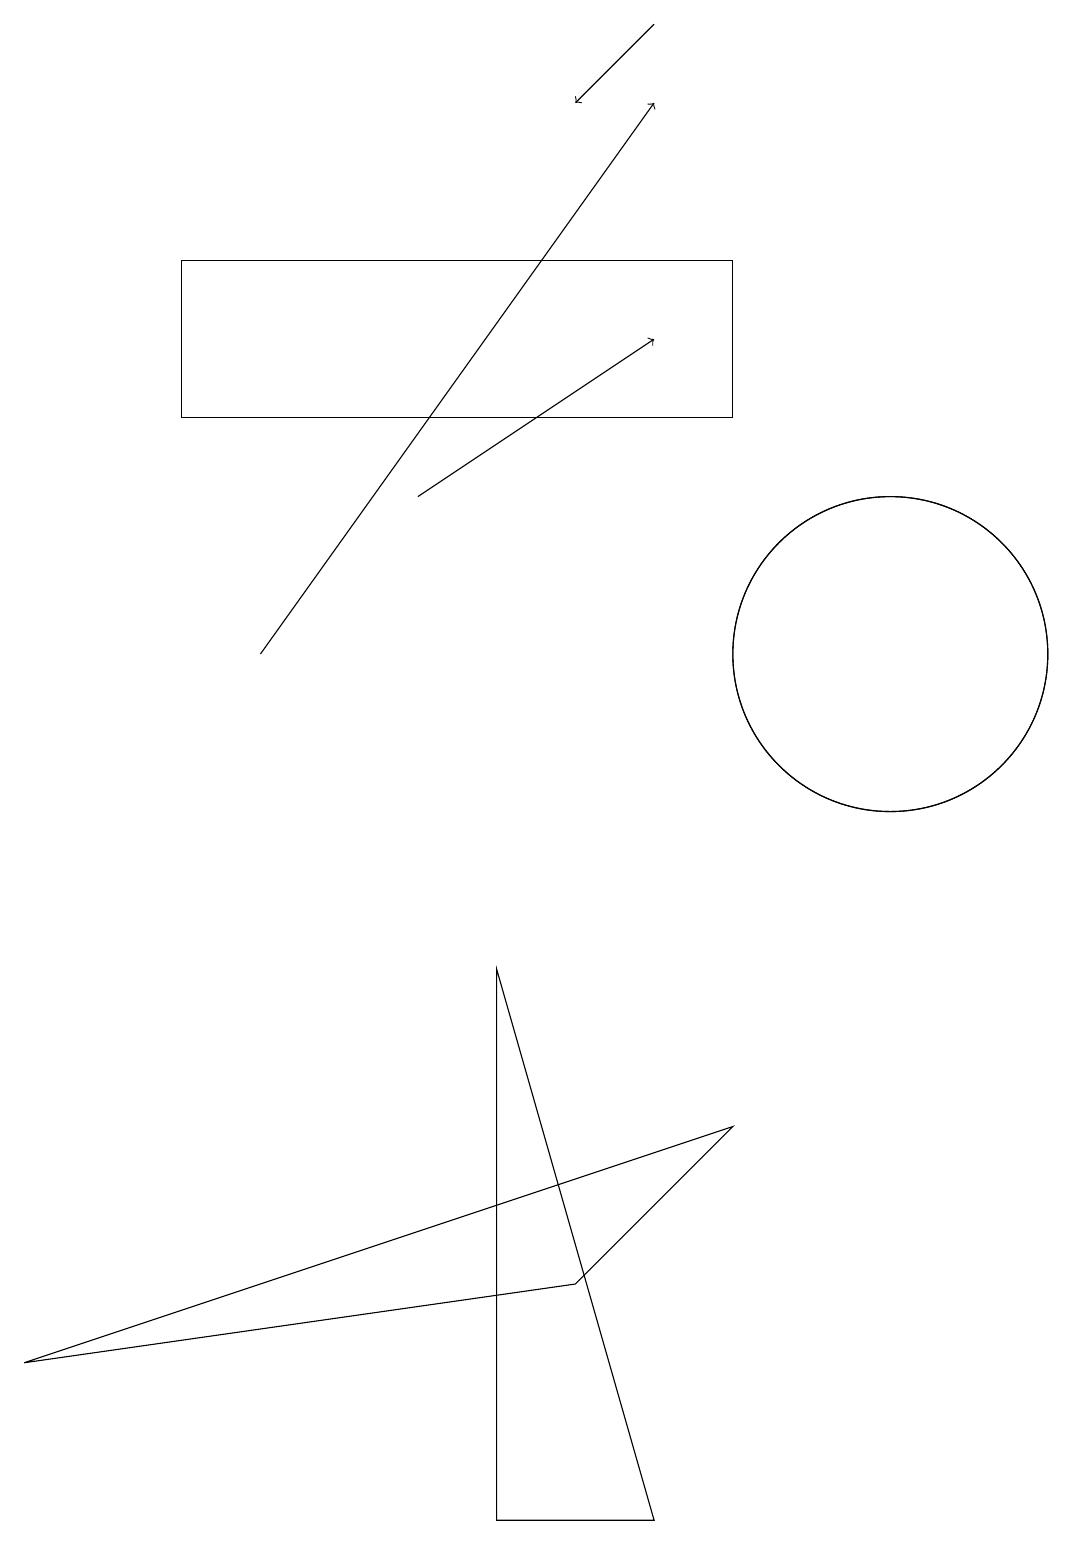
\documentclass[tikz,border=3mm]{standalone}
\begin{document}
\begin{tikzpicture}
\draw (2,14) rectangle (9,16);
\draw (11,11) circle (2);
\draw[->] (8,19) -- (7,18);
\draw (0,2) -- (7,3) -- (9,5) -- cycle;
\draw[->] (3,11) -- (8,18);
\draw (8,0) -- (6,7) -- (6,0) -- cycle;
\draw[->] (5,13) -- (8,15);
\draw (11,11) circle (2);
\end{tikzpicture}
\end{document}